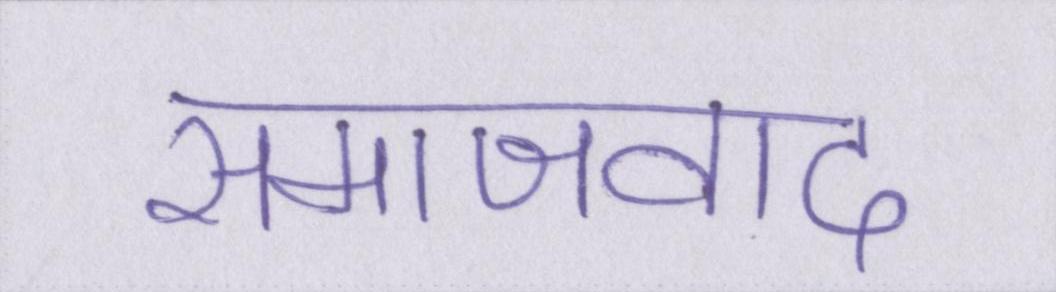
समाजवाद